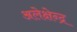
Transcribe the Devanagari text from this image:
अलेक्षेन्द्र